Report of the Municipal Commissioner on the plague in Bombay for the year ending 31st May... - Volume 3
Disease focus: Plague
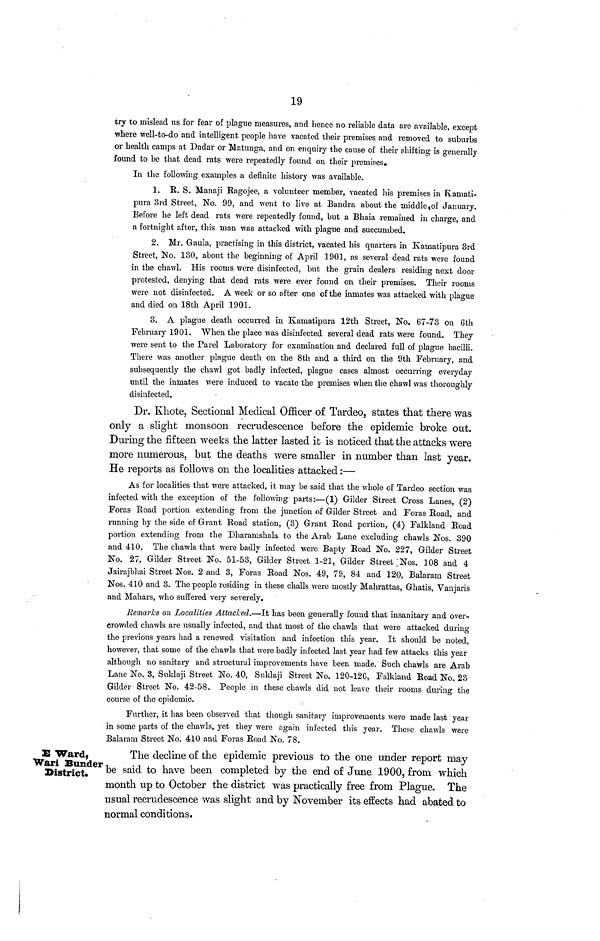
19
try to mislead us for fear of plague measures, and hence no reliable data are available, except
where well-to-do and intelligent people have vacated their premises and removed to suburbs
or health camps at Dadar or Matunga, and on enquiry the cause of their shifting is generally
found to be that dead rats were repeatedly found on their premises.
In the following examples a definite history was available.
1. R. S. Manaji Ragojee, a volunteer member, vacated his premises in Kamati-
pura 3rd Street, No. 99, and went to live at Bandra about the middle of January.
Before he left dead rats were repeatedly found, but a Bhaia remained in charge, and
a fortnight after, this man was attacked with plague and succumbed.
2. Mr. Gaula, practising in this district, vacated his quarters in Kamatipura 3rd
Street, No. 130, about the beginning of April 1901, as several dead rats were found
in the chawl. His rooms were disinfected, but the grain dealers residing next door
protested, denying that dead rats were ever found on their premises. Their rooms
were not disinfected. A week or so after one of the inmates was attacked with plague
and died on 18th April 1901.
3. A plague death occurred in Kamatipura 12th Street, No. 67-73 on 6th
February 1901. When the place was disinfected several dead rats were found. They
were sent to the Parel Laboratory for examination and declared full of plague bacilli.
There was another plague death on the 8th and a third on the 9th February, and
subsequently the chawl got badly infected, plague cases almost occurring everyday
until the inmates were induced to vacate the premises when the chawl was thoroughly
disinfected.
Dr. Khote, Sectional Medical Officer o£ Tardeo, states that there was
only a slight monsoon recrudescence before the epidemic broke out.
During the fifteen weeks the latter lasted it is noticed that the attacks were
more numerous, but the deaths were smaller in number than last year.
He reports as follows on the localities attacked :—
As for localities that were attacked, it may be said that the whole of Tardeo section was
infected with the exception of the following parts:—(1) Gilder Street Cross Lanes, (2)
Foras Road portion extending from the junction of Gilder Street and Foras Road, and
running by the side of Grant Road station, (3) Grant Road portion, (4) Falkland Road
portion extending from the Dharamshala to the Arab Lane excluding chawls Nos. 390
and 410. The chawls that were badly infected were Bapty Road No. 227, Gilder Street
No. 27, Gilder Street No. 51-53, Gilder Street 1-21, Gilder Street Nos. 108 and 4
Jairajbhai Street Nos. 2 and 3, Foras Road Nos. 49, 79, 84 and 120, Bahrain Street
Nos. 410 and 3. The people residing in these challs were mostly Mahrattas, Ghatis, Vanjaris
and Mahars, who suffered very severely.
Remarks on Localities Attacked.—It has been generally found that insanitary and over-
crowded chawls are usually infected, and that most of the chawls that were attacked during
the previous years had a renewed visitation and infection this year. It should be noted,
however, that some of the chawls that were badly infected last year had few attacks this year
although no sanitary and structural improvements have been made. Such chawls are Arab
Lane No. 3, Suklaji Street No. 40, Suklaji Street No. 120-120, Falkland Road No. 23
Gilder Street No. 42-58. People in these chawls did not leave their rooms during the
course of the epidemic.
Further, it has been observed that though sanitary improvements were made last year
in some parts of the chawls, yet they were again infected this year. These chawls were
Balaram Street No. 410 and Foras Road No. 78.
E Ward,
Wari Bunder
District.
The decline of the epidemic previous to the one under report may
be said to have been completed by the end of June 1900, from which
month up to October the district was practically free from Plague. The
usual recrudescence was slight and by November its effects had abated to
normal conditions.